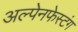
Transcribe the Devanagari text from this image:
अल्पेनफेस्टंग